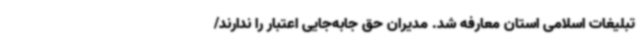
تبلیغات اسلامی استان معارفه شد. مدیران حق جابه‌جایی اعتبار را ندارند/